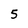
Character: 5